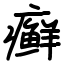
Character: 癣